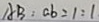
A B : a b = 1 : 1